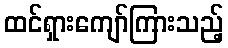
ထင်ရှားကျော်ကြားသည့်